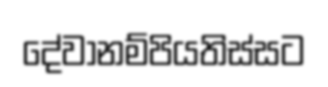
දේවානම්පියතිස්සට